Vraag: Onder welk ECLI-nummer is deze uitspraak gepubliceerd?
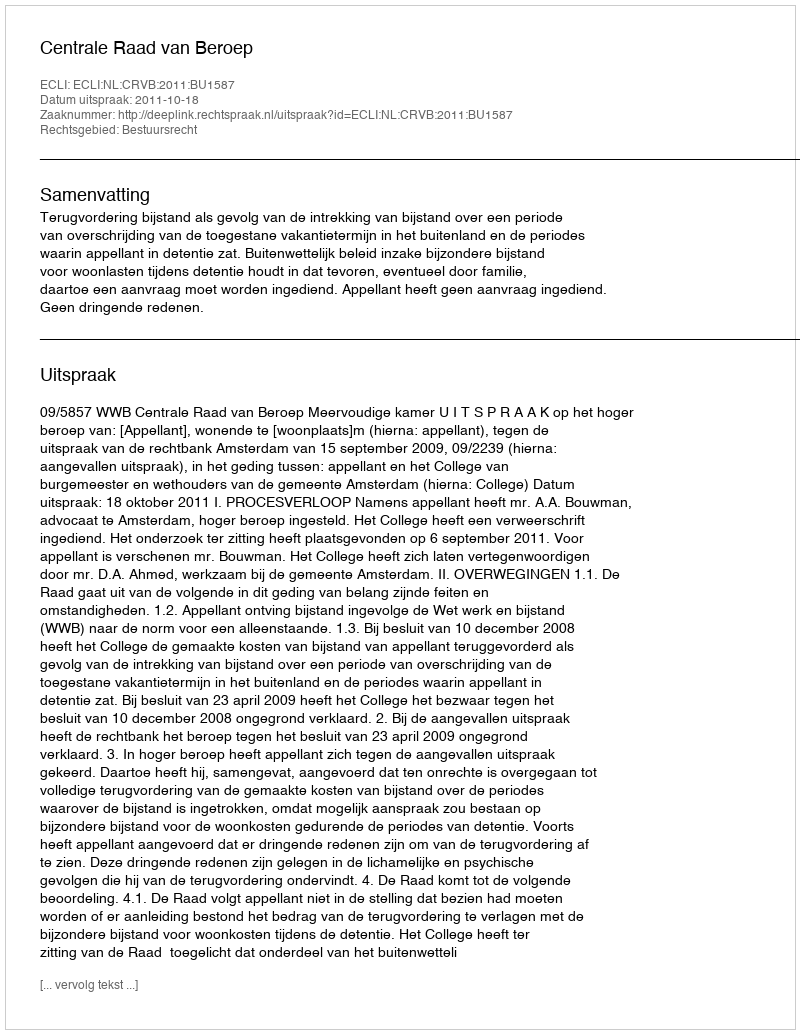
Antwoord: ECLI:NL:CRVB:2011:BU1587